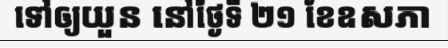
ទៅឲ្យយួន នៅថ្ងៃទី ២១ ខែឧសភា